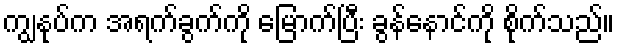
ကျွနုပ်က အရက်ခွက်ကို မြောက်ပြီး ခွန်နောင်ကို စိုက်သည်။